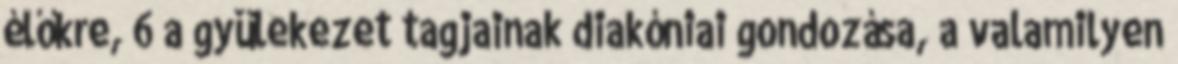
élőkre, 6 a gyülekezet tagjainak diakóniai gondozása, a valamilyen